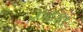
ઝટકા